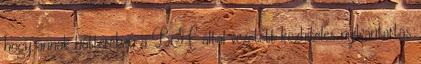
hogy annak hátterében a BM által vezetett közhiteles nyilvántartás